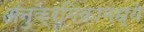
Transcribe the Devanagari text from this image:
अनुक्रमिकामध्ये